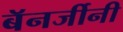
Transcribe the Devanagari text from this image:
बॅनर्जीनी